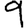
Digit: 9